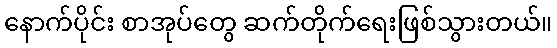
နောက်ပိုင်း စာအုပ်တွေ ဆက်တိုက်ရေးဖြစ်သွားတယ်။